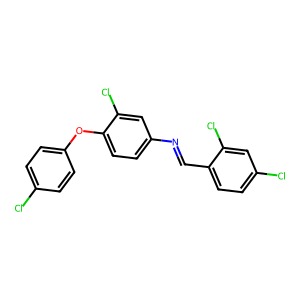
SMILES: Clc1ccc(Oc2ccc(N=Cc3ccc(Cl)cc3Cl)cc2Cl)cc1
Inhibits HIV replication: No